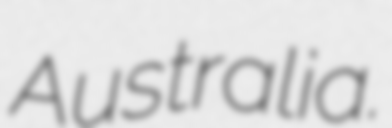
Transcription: Australia.